NAE_ERA_R-2632_ENSV_TA_Emakeele_Selts_1945-1955, lk 22
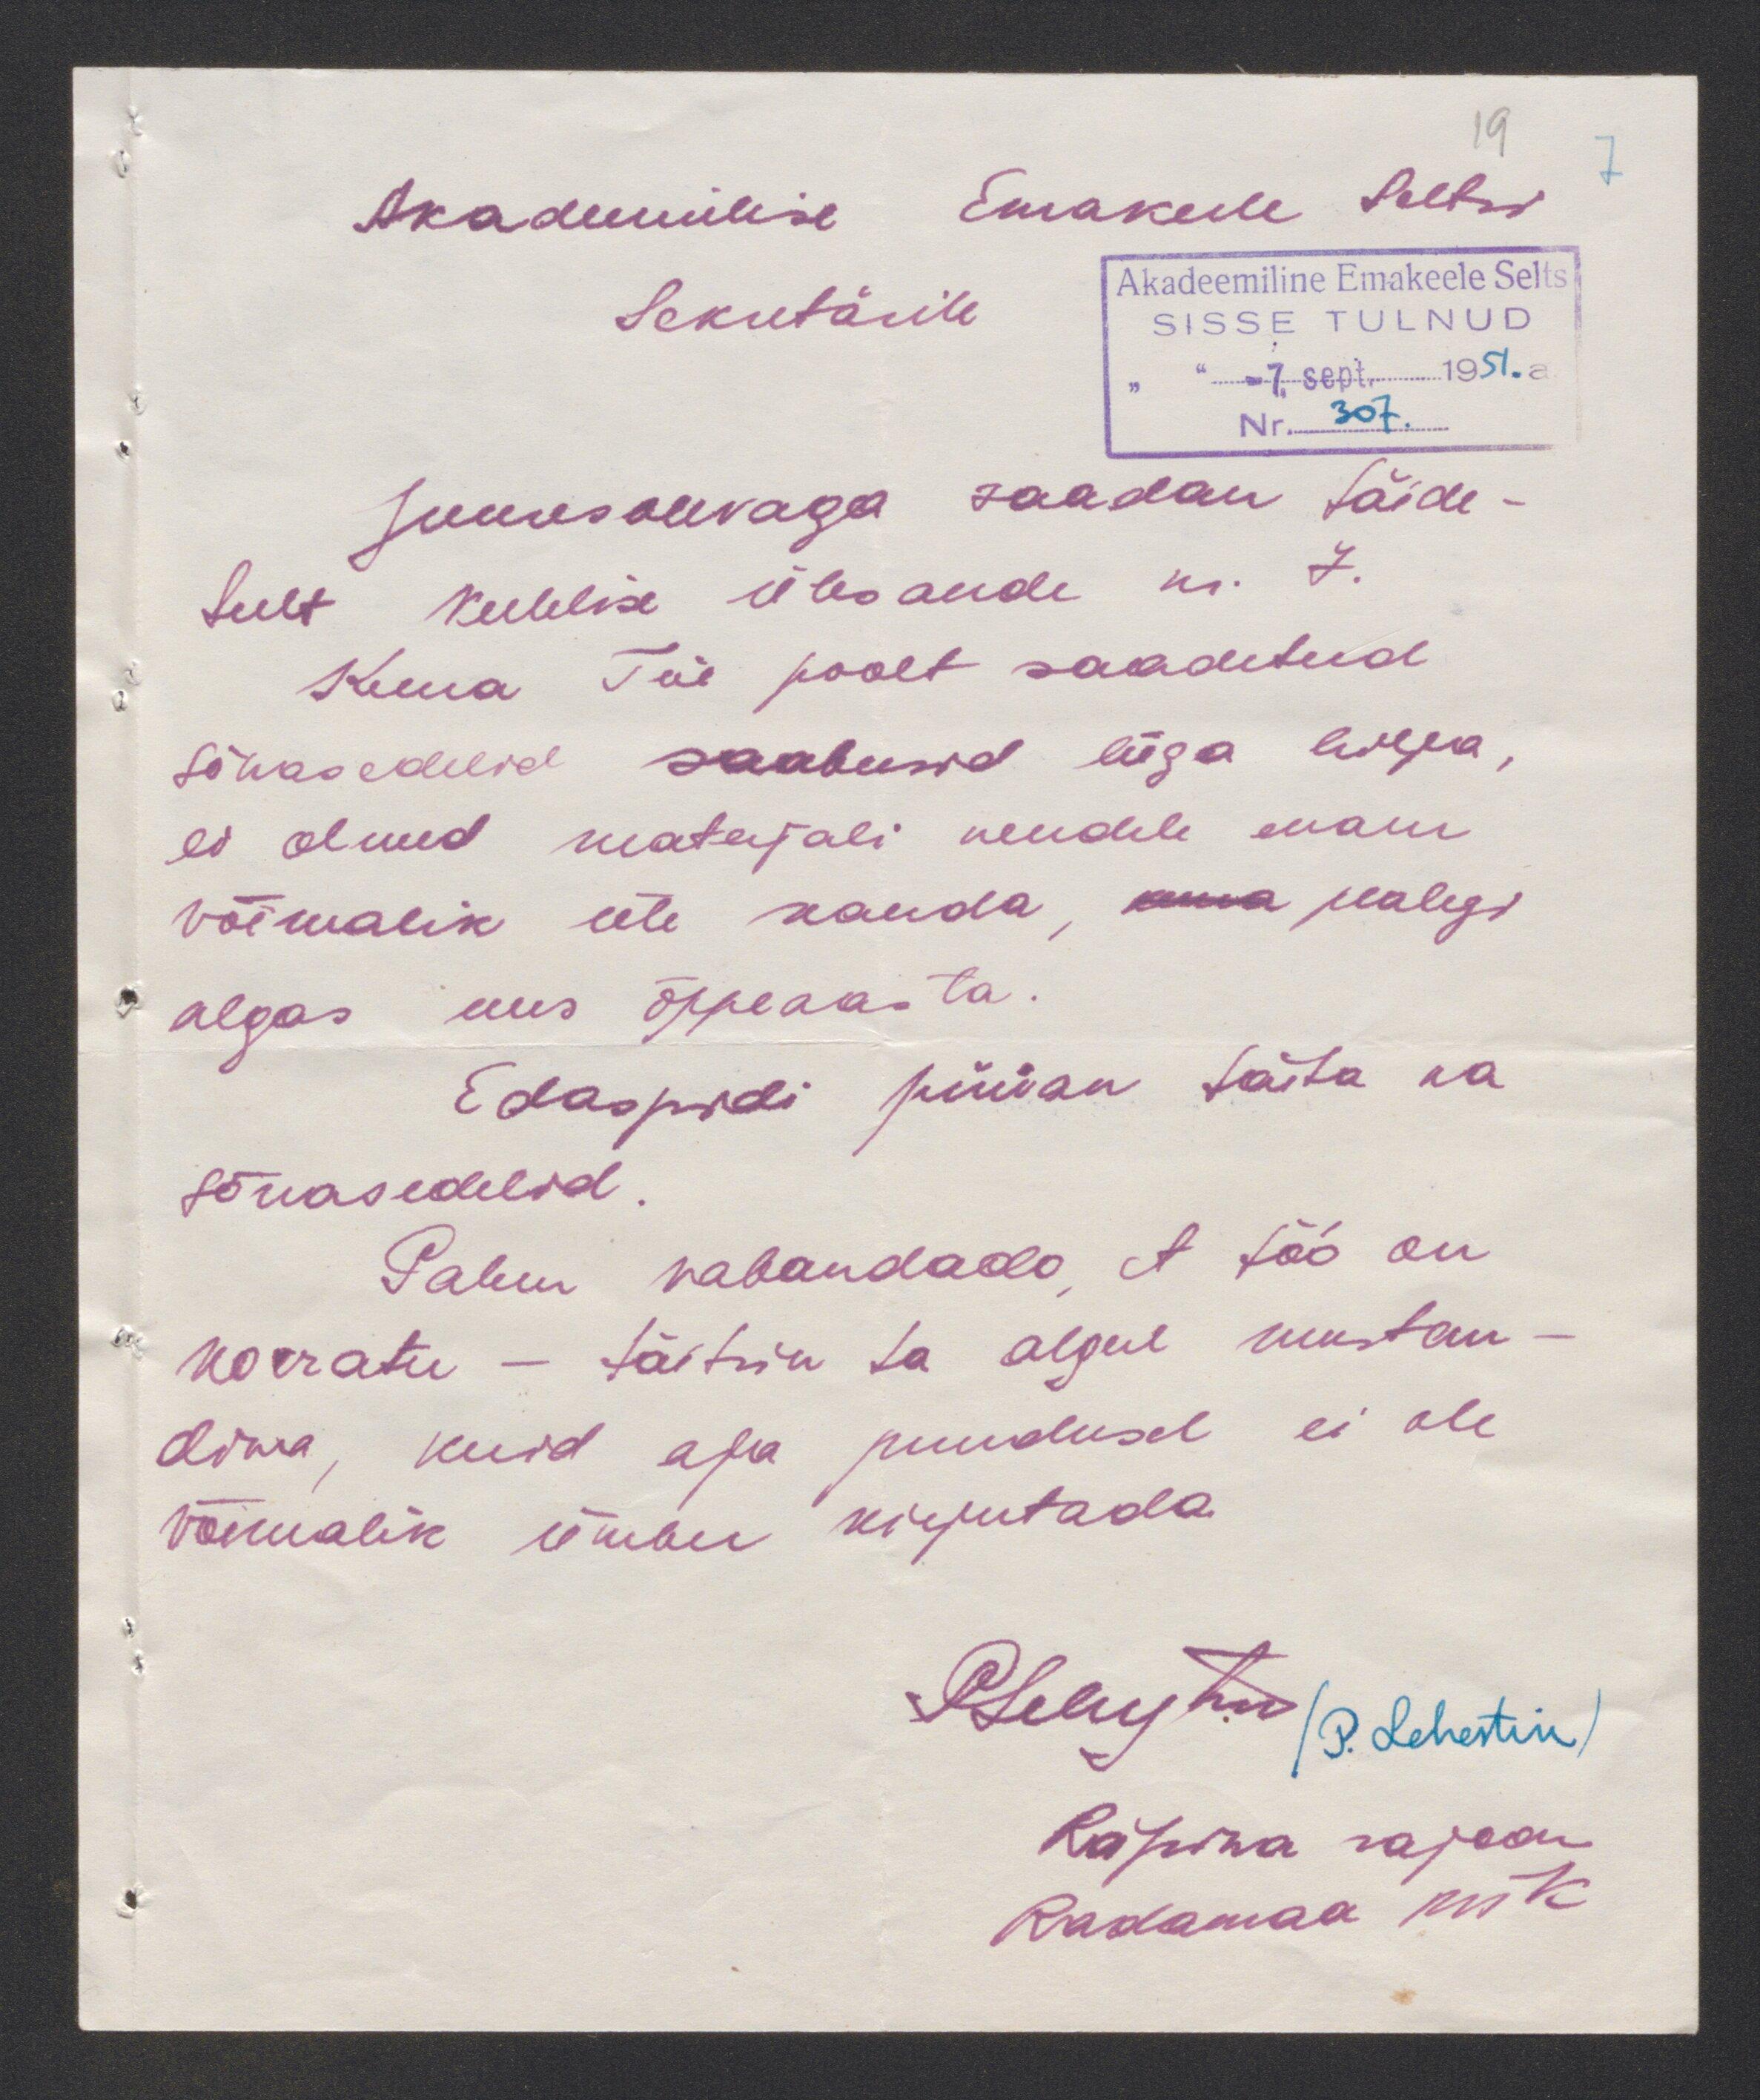
19
Akadeemiline Emakeele Selts
Akadeemiline Emakeele Selts
Sekretärile
SISSE TULNUD
-7. sept. 1951.a
Nr. 307.
Juuresolevaga saadan täide-
tult keelelise ülesande nr. 7.
Kuna Teie poolt saadetud
sõnasedelid saabusid liiga hilja
ei olnud materjali nendele enam
võimalik üle kanda, oma pealegi
algas uus õppeaasta
Edaspidi püüan täita ka
sõnasedelid.
Palun vabandades, et töö on
korratu - täitsin ta algul mustan-
dina, kuid aja puudusel ei ole
võimalik ümber kirjutada
PLehestik
P. Lehestik
Räpina rajoon
Radamaa rik